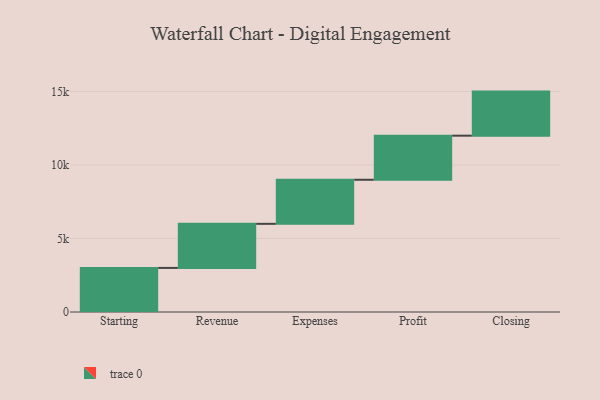
{"axis": {"x": "Step", "y": "Value"}, "legend": [""], "data": [{"x": "Starting", "y": 3000, "type": ""}, {"x": "Revenue", "y": 3000, "type": ""}, {"x": "Expenses", "y": 3000, "type": ""}, {"x": "Profit", "y": 3000, "type": ""}, {"x": "Closing", "y": 3000, "type": ""}]}